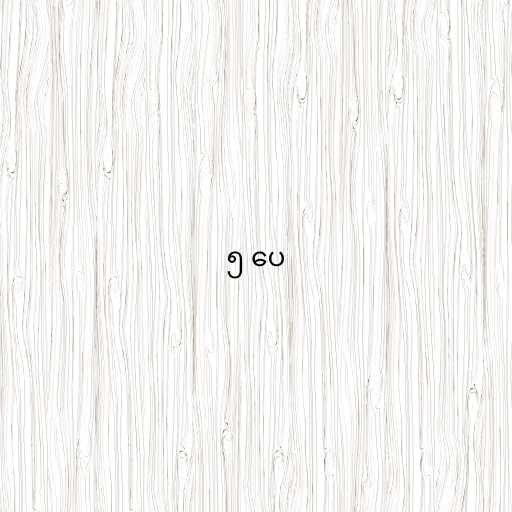
၅ ပေ